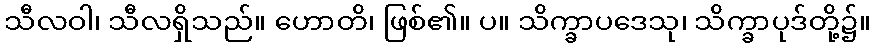
သီလဝါ၊ သီလရှိသည်။ ဟောတိ၊ ဖြစ်၏။ ပ။ သိက္ခာပဒေသု၊ သိက္ခာပုဒ်တို့၌။